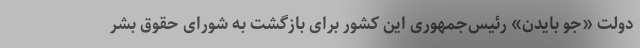
دولت «جو بایدن» رئیس‌جمهوری این کشور برای بازگشت به شورای حقوق بشر